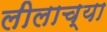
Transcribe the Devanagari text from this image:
लीलाच्या